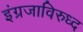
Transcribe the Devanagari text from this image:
इंग्रजाविरुध्द